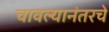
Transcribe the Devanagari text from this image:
चावल्यानंतरचे